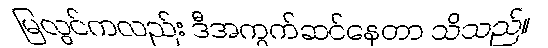
မြလွင်ကလည်း ဒီအကွက်ဆင်နေတာ သိသည်။